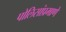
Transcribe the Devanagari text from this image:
पोलिसांप्रमाणे